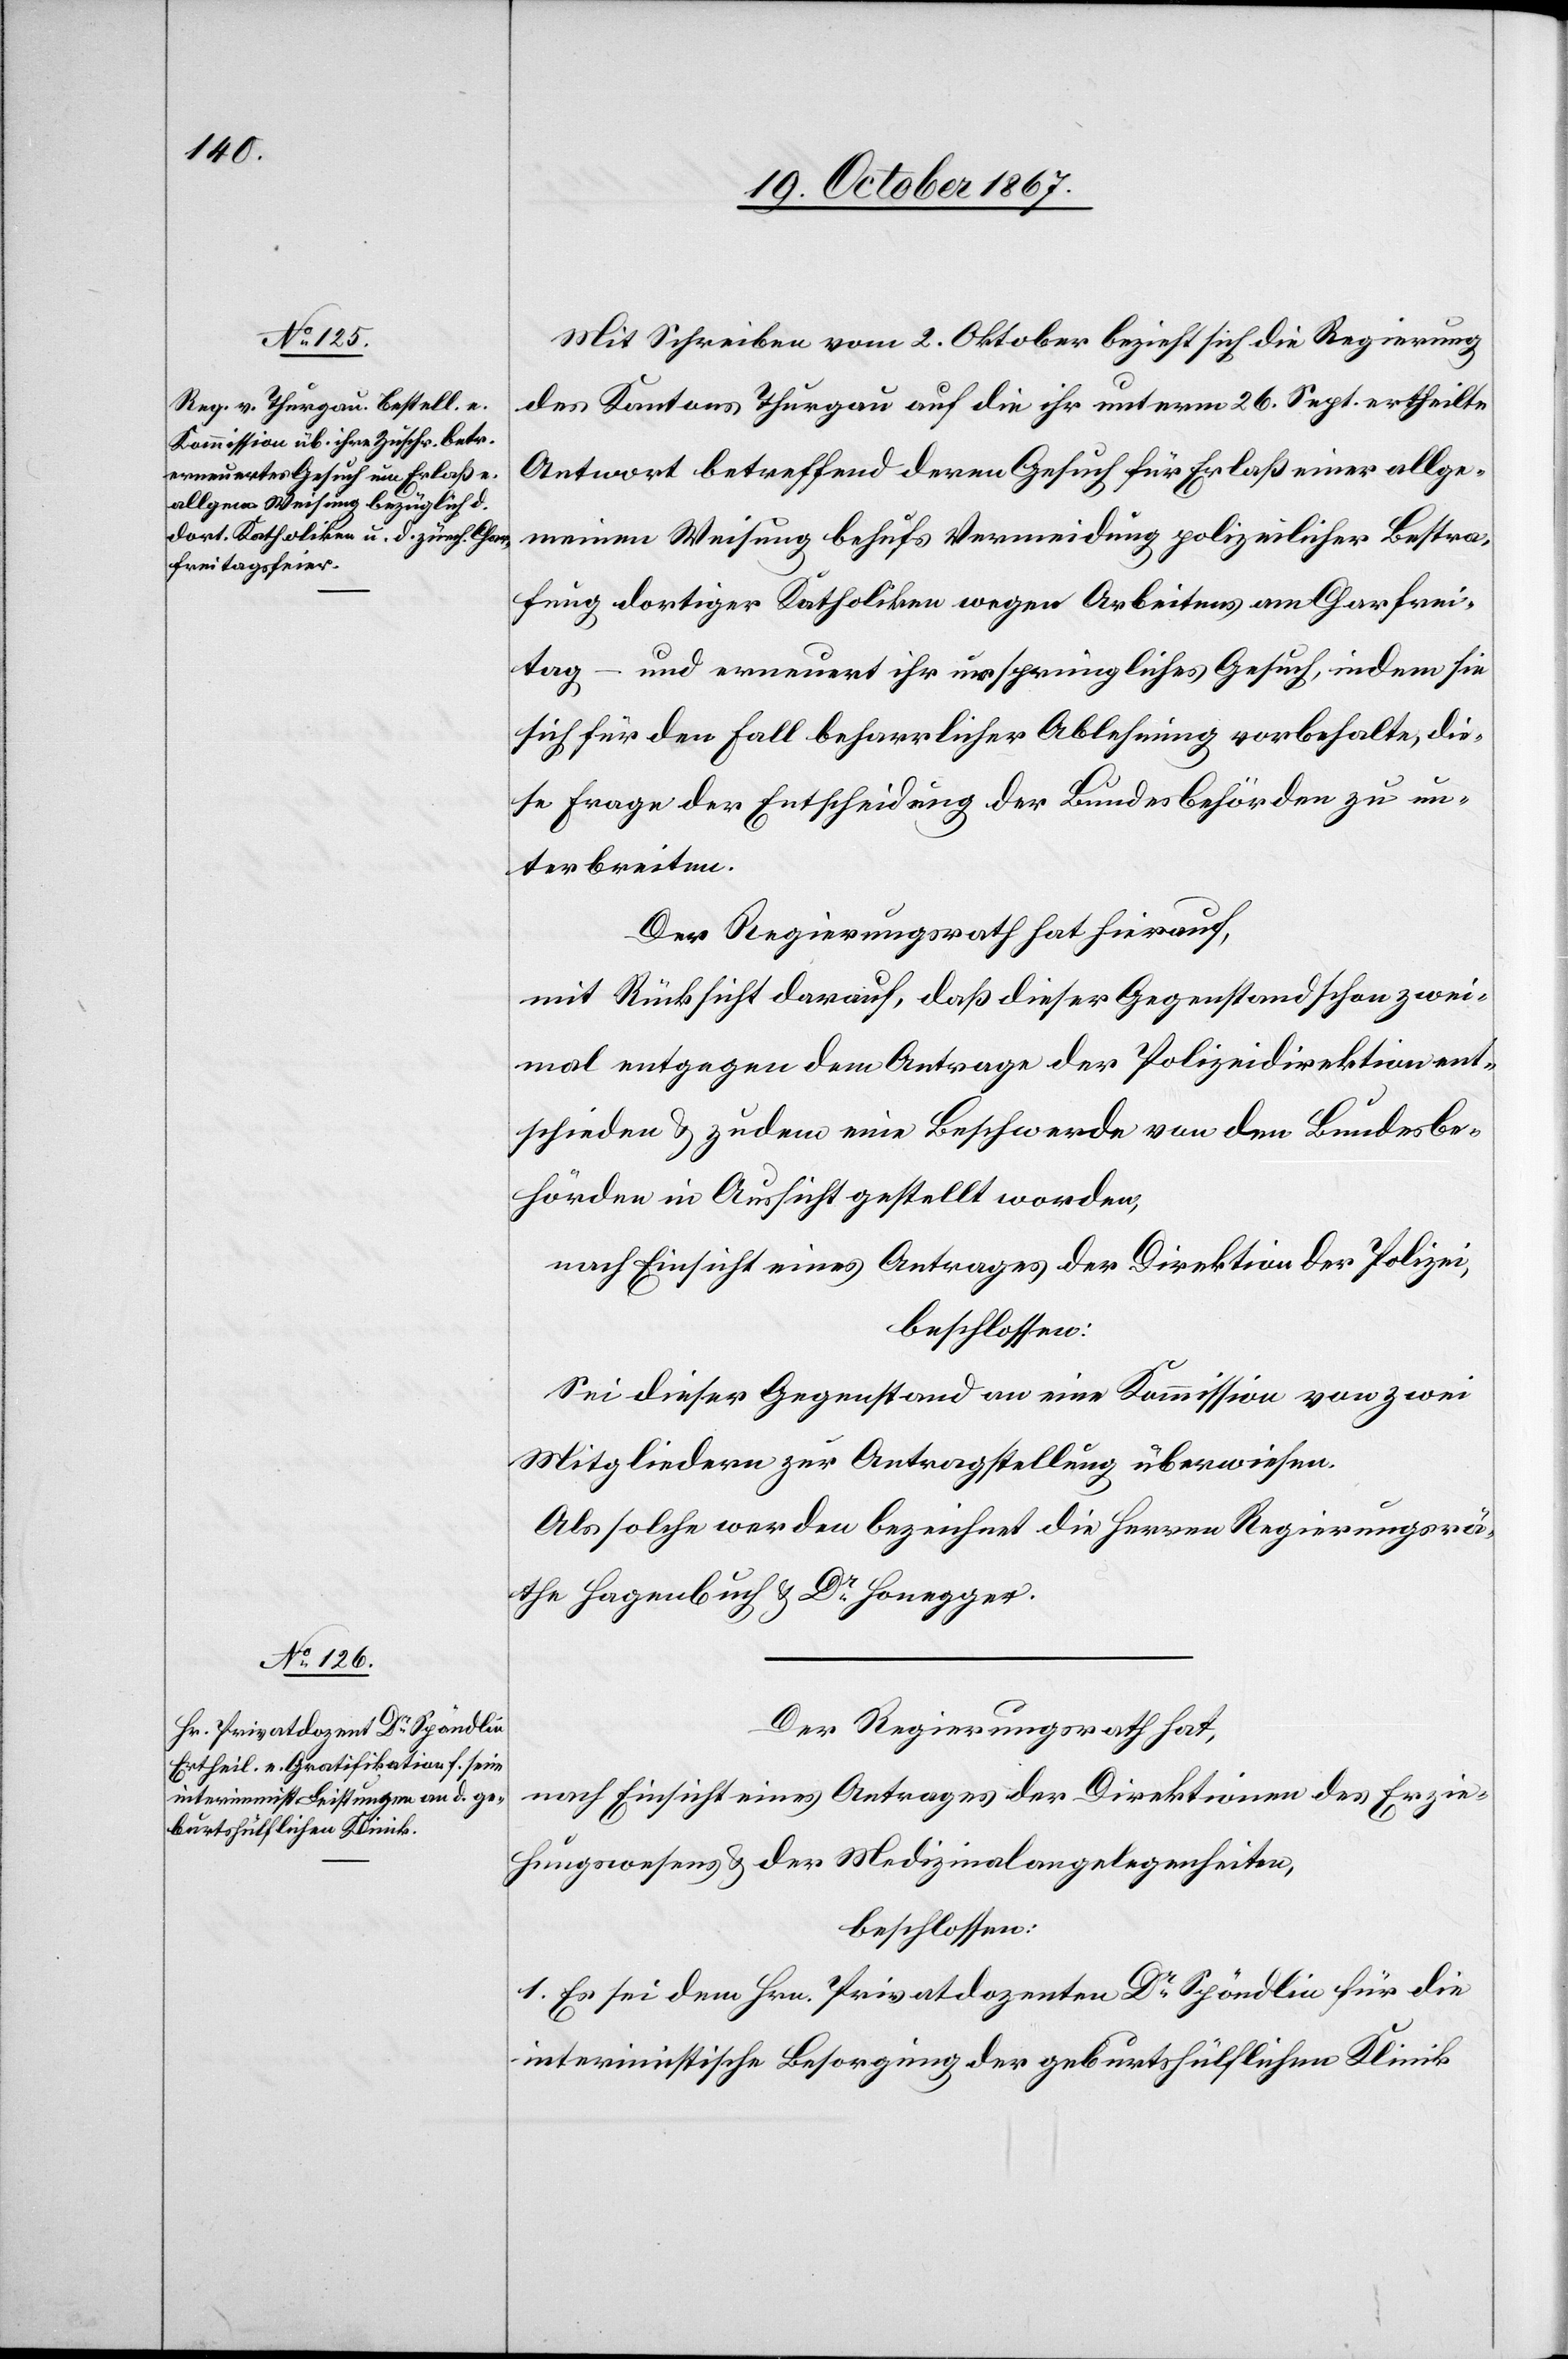
Mit Schreiben vom 2. Oktober bezieht sich die Regierung
des Kantons Thurgau auf die ihr unterm 26. Sept. ertheilte
Antwort betreffend deren Gesuch für Erlaß einer allge¬
meinen Weisung behufs Vermeidung polizeilicher Bestra¬
fung dortiger Katholiken wegen Arbeitens am Charfrei¬
tag – und erneuert ihr ursprüngliches Gesuch, indem sie
sich für den Fall beharrlicher Ablehnung vorbehalte, die¬
se Frage der Entscheidung der Bundesbehörden zu un¬
terbreiten.
Der Regierungsrath hat hierauf,
mit Rücksicht darauf, daß dieser Gegenstand schon zwei¬
mal entgegen dem Antrage der Polizeidirektion ent¬
schieden u. zudem eine Beschwerde von den Bundesbe¬
hörden in Aussicht gestellt worden,
nach Einsicht eines Antrages der Direktion der Polizei,
beschlossen:
Sei dieser Gegenstand an eine Kommission von zwei
Mitgliedern zur Antragstellung überwiesen.
Als solche werden bezeichnet die Herren Regierungsrä¬
the Hagenbuch u. Dr Honegger.
Der Regierungsrath hat,
nach Einsicht eines Antrages der Direktionen des Erzie¬
hungswesens u. der Medzinalangelegenheiten,
beschlossen:
1. Es sei dem Hrn. Privatdozenten Dr Spöndli für die
interimistische Besorgung der geburtshülflichen Klinik